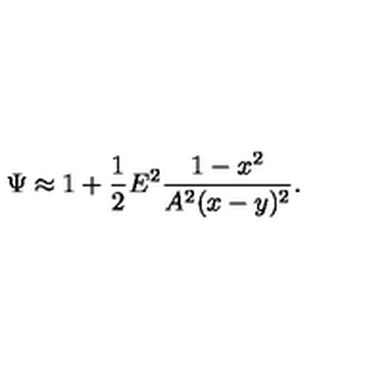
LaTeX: \Psi \approx 1 + \frac { 1 } { 2 } E ^ { 2 } \frac { 1 - x ^ { 2 } } { A ^ { 2 } ( x - y ) ^ { 2 } } .